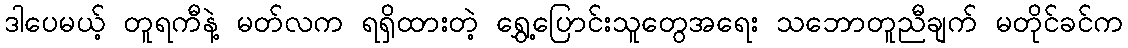
ဒါပေမယ့် တူရကီနဲ့ မတ်လက ရရှိထားတဲ့ ရွှေ့ပြောင်းသူတွေအရေး သဘောတူညီချက် မတိုင်ခင်က